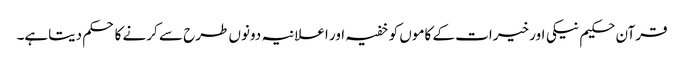
قرآن حکیم نیکی اور خیرات کے کاموں کو خفیہ اور اعلانیہ دونوں طرح سے کرنے کا حکم دیتاہے۔